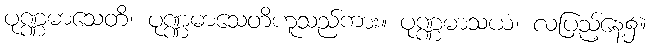
ပုဏ္ဏမာသေတိ၊ ပုဏ္ဏမာသေတိဟူသည်ကား။ ပုဏ္ဏမာသယံ၊ လပြည့်နေ့၌။